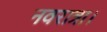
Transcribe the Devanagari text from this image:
नवरात्रा।